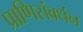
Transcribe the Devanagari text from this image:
प्राणिसंवर्धन